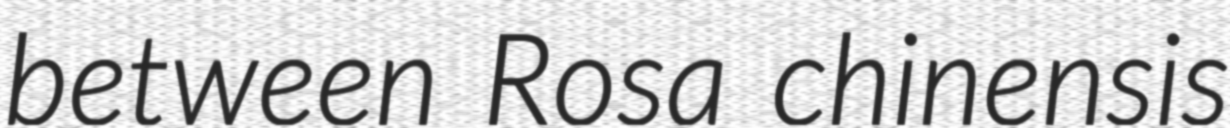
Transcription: between Rosa chinensis